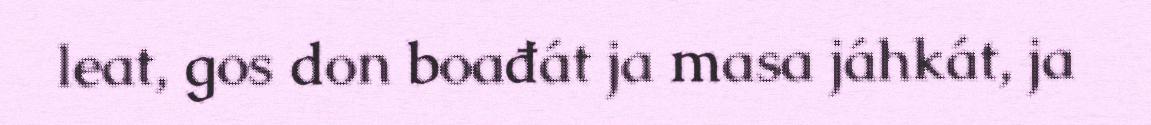
leat, gos don boađát ja masa jáhkát, ja